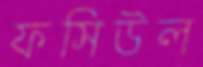
ফসিউল